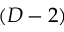
( D - 2 )